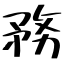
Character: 務